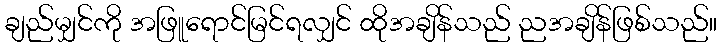
ချည်မျှင်ကို အဖြူရောင်မြင်ရလျှင် ထိုအချိန်သည် ညအချိန်ဖြစ်သည်။